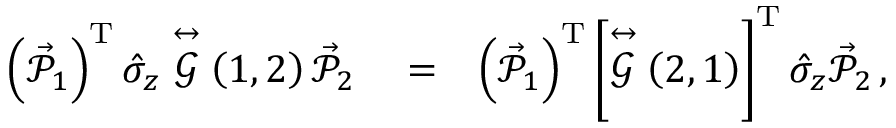
\begin{array} { r l r } { \left( \vec { \mathcal { P } } _ { 1 } \right) ^ { \mathrm { T } } \hat { \sigma } _ { z } \stackrel { \leftrightarrow } { \mathcal { G } } \left( 1 , 2 \right) \vec { \mathcal { P } } _ { 2 } } & { { } = } & { \left( \vec { \mathcal { P } } _ { 1 } \right) ^ { \mathrm { T } } \left\lbrack \stackrel { \leftrightarrow } { \mathcal { G } } \left( 2 , 1 \right) \right\rbrack ^ { \mathrm { T } } \hat { \sigma } _ { z } \vec { \mathcal { P } } _ { 2 } \, , } \end{array}